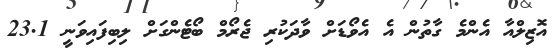
އޮޒިލްއާ އެންމެ ގާތުން އެ އެވޯޑަށް ވާދަކުރި ޖެރޯމް ބޯޓެންގަށް ލިބިފައިވަނީ 23.1